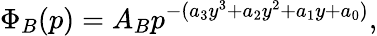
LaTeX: \Phi_{B}(p)=A_{B}p^{-(a_{3}y^{3}+a_{2}y^{2}+a_{1}y+a_{0})},